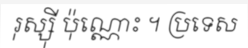
រុស្ស៊ី ប៉ុណ្ណោះ ។ ប្រទេស